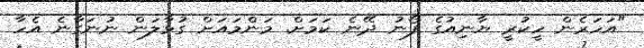
"އަހަރެން ހީކުރީ ޔާނިއުގެ ފޯނު ދޭނެ ކަމަށް. މަންމައަށް ގުޅާލަން ނުނަގާނެ އެހާ